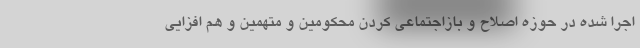
اجرا شده در حوزه اصلاح و بازاجتماعی کردن محکومین و متهمین و هم افزایی